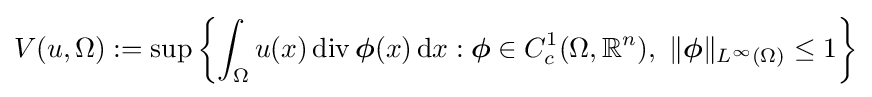
V(u,\Omega ):=\sup \left\{\int _{\Omega }u(x)\operatorname {div} {\boldsymbol {\phi }}(x)\,\mathrm {d} x:{\boldsymbol {\phi }}\in C_{c}^{1}(\Omega ,\mathbb {R} ^{n}),\ \Vert {\boldsymbol {\phi }}\Vert _{L^{\infty }(\Omega )}\leq 1\right\}